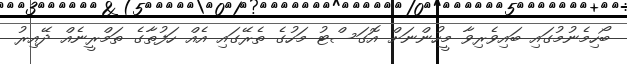
ބޯހިމެނުމުގައި ބައިވެރިވާ މީހުންނަށް އޮގަސްޓު މަހުގެ ތެރޭގައި އެއް ހަފުތާގެ ތަމްރީނެއް ދޭއިރު